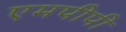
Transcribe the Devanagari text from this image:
एमपीपी